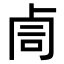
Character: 𠧰